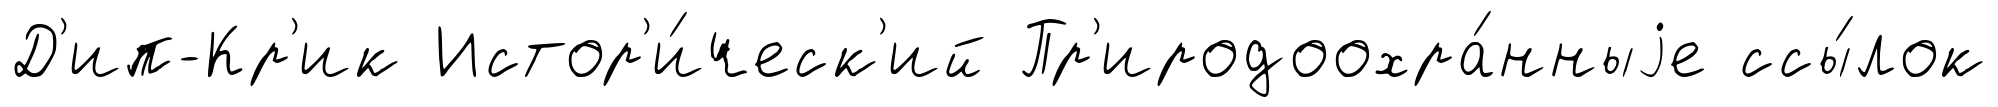
Д'ип-Кр'ик Истор'и́ческ'ий Пр'иродоохра́нныjе ссы́лок